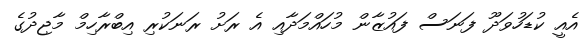
އެއީ ކުޑަހުވަދޫ ފަނަސް ފައުޒާން މުހައްމަދާއި އެ ރަށު ރަނަކުރި އިބްރާހިމް މާޖިދުގެ